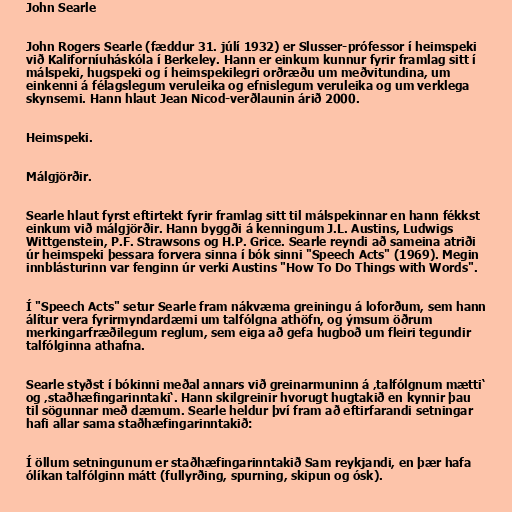
John Searle

John Rogers Searle (fæddur 31. júlí 1932) er Slusser-prófessor í heimspeki
við Kaliforníuháskóla í Berkeley. Hann er einkum kunnur fyrir framlag sitt í
málspeki, hugspeki og í heimspekilegri orðræðu um meðvitundina, um
einkenni á félagslegum veruleika og efnislegum veruleika og um verklega
skynsemi. Hann hlaut Jean Nicod-verðlaunin árið 2000.

Heimspeki.

Málgjörðir.

Searle hlaut fyrst eftirtekt fyrir framlag sitt til málspekinnar en hann fékkst
einkum við málgjörðir. Hann byggði á kenningum J.L. Austins, Ludwigs
Wittgenstein, P.F. Strawsons og H.P. Grice. Searle reyndi að sameina atriði
úr heimspeki þessara forvera sinna í bók sinni "Speech Acts" (1969). Megin
innblásturinn var fenginn úr verki Austins "How To Do Things with Words".

Í "Speech Acts" setur Searle fram nákvæma greiningu á loforðum, sem hann
álítur vera fyrirmyndardæmi um talfólgna athöfn, og ýmsum öðrum
merkingarfræðilegum reglum, sem eiga að gefa hugboð um fleiri tegundir
talfólginna athafna.

Searle styðst í bókinni meðal annars við greinarmuninn á ‚talfólgnum mætti‘
og ‚staðhæfingarinntaki‘. Hann skilgreinir hvorugt hugtakið en kynnir þau
til sögunnar með dæmum. Searle heldur því fram að eftirfarandi setningar
hafi allar sama staðhæfingarinntakið:

Í öllum setningunum er staðhæfingarinntakið Sam reykjandi, en þær hafa
ólíkan talfólginn mátt (fullyrðing, spurning, skipun og ósk).